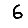
Digit: 6